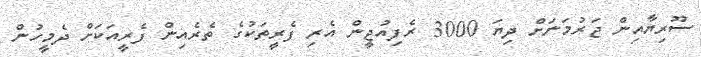
ސޫރިޔާއިން ޖަރުމަނަށް ދިޔަ 3000 ރެފިއުޖީން އެރި ފެރީތަކުގެ ތެރެއިން ފެރީއަކަށް ދެމީހުން